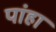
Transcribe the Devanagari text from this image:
पांहा